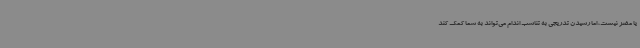
یا مضر نیست، اما رسیدن تدریجی به تناسب اندام می‌تواند به شما کمک کند